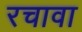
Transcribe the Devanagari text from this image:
रचावा